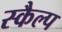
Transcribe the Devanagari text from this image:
स्कैल्प